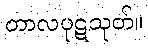
တာလပုဋသုတ်။